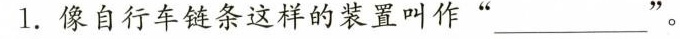
1.像自行车链条这样的装置叫作” ___''。